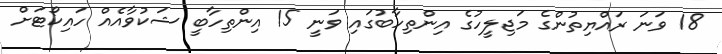
18 ވަނަ ރައްޔިތުންގެ މަޖިލީހުގެ އިންތިހާބުގައި ވަނީ 15 އިންތިހާބީ ޝަކުވާއެއް ހައިކޯޓަށް